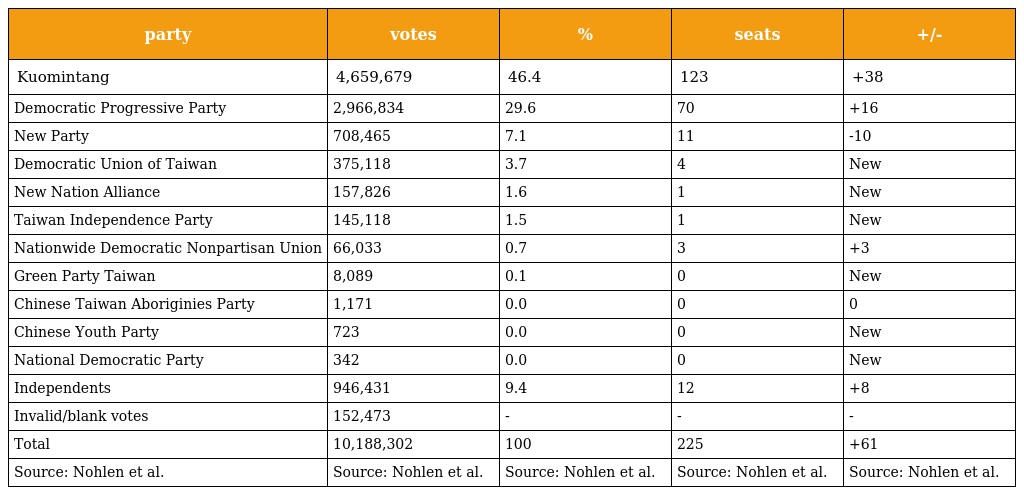
| party | votes | % | seats | +/- |
 | --- | --- | --- | --- | --- |
 | Kuomintang | 4,659,679 | 46.4 | 123 | +38 |
 | Democratic Progressive Party | 2,966,834 | 29.6 | 70 | +16 |
 | New Party | 708,465 | 7.1 | 11 | -10 |
 | Democratic Union of Taiwan | 375,118 | 3.7 | 4 | New |
 | New Nation Alliance | 157,826 | 1.6 | 1 | New |
 | Taiwan Independence Party | 145,118 | 1.5 | 1 | New |
 | Nationwide Democratic Nonpartisan Union | 66,033 | 0.7 | 3 | +3 |
 | Green Party Taiwan | 8,089 | 0.1 | 0 | New |
 | Chinese Taiwan Aboriginies Party | 1,171 | 0.0 | 0 | 0 |
 | Chinese Youth Party | 723 | 0.0 | 0 | New |
 | National Democratic Party | 342 | 0.0 | 0 | New |
 | Independents | 946,431 | 9.4 | 12 | +8 |
 | Invalid/blank votes | 152,473 | - | - | - |
 | Total | 10,188,302 | 100 | 225 | +61 |
 | Source: Nohlen et al. | Source: Nohlen et al. | Source: Nohlen et al. | Source: Nohlen et al. | Source: Nohlen et al. |